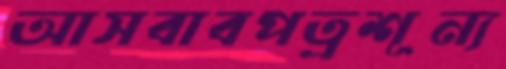
আসবাবপত্রশূন্য